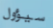
سيؤول